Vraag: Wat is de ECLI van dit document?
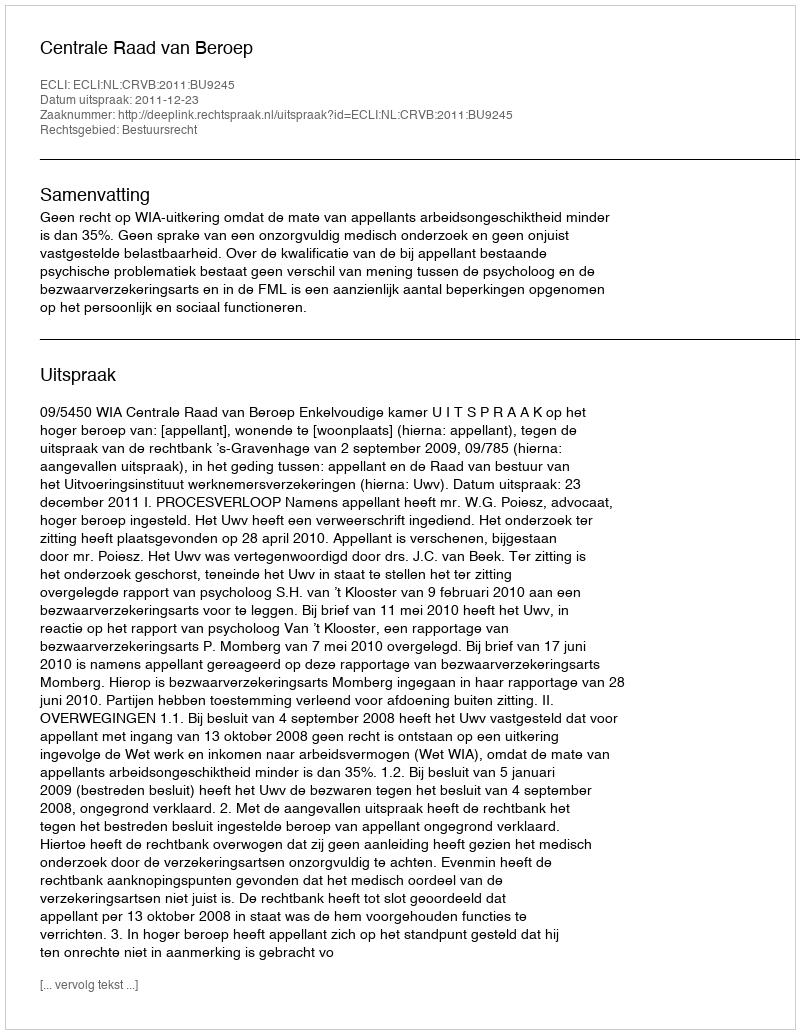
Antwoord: ECLI:NL:CRVB:2011:BU9245